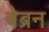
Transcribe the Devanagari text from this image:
बेब्रन